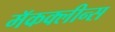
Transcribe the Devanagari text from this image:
मॅकक्लीन्स